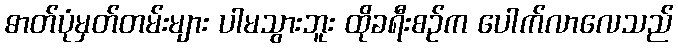
ဓာတ်ပုံမှတ်တမ်းများ ပါမသွားဘူး ထိုခရီးစဉ်က ပေါက်လာလေသည်